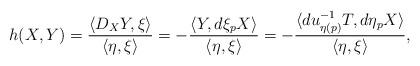
LaTeX: \begin{align*} h(X,Y) = \frac{\langle D_XY,\xi\rangle}{\langle\eta,\xi\rangle} = -\frac{\langle Y,d\xi_pX\rangle}{\langle\eta,\xi\rangle} = -\frac{\langle du^{-1}_{\eta(p)}T,d\eta_pX\rangle}{\langle\eta,\xi\rangle},\end{align*}